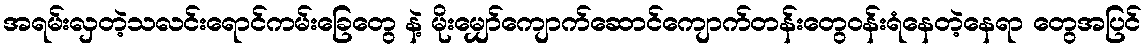
အရမ်းလှတဲ့သလင်းရောင်ကမ်းခြေတွေ နဲ့ မိုးမျှော်ကျောက်ဆောင်ကျောက်တန်းတွေဝန်းရံနေတဲ့နေရာ တွေအပြင်